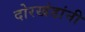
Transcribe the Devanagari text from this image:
दोरखंडांनी